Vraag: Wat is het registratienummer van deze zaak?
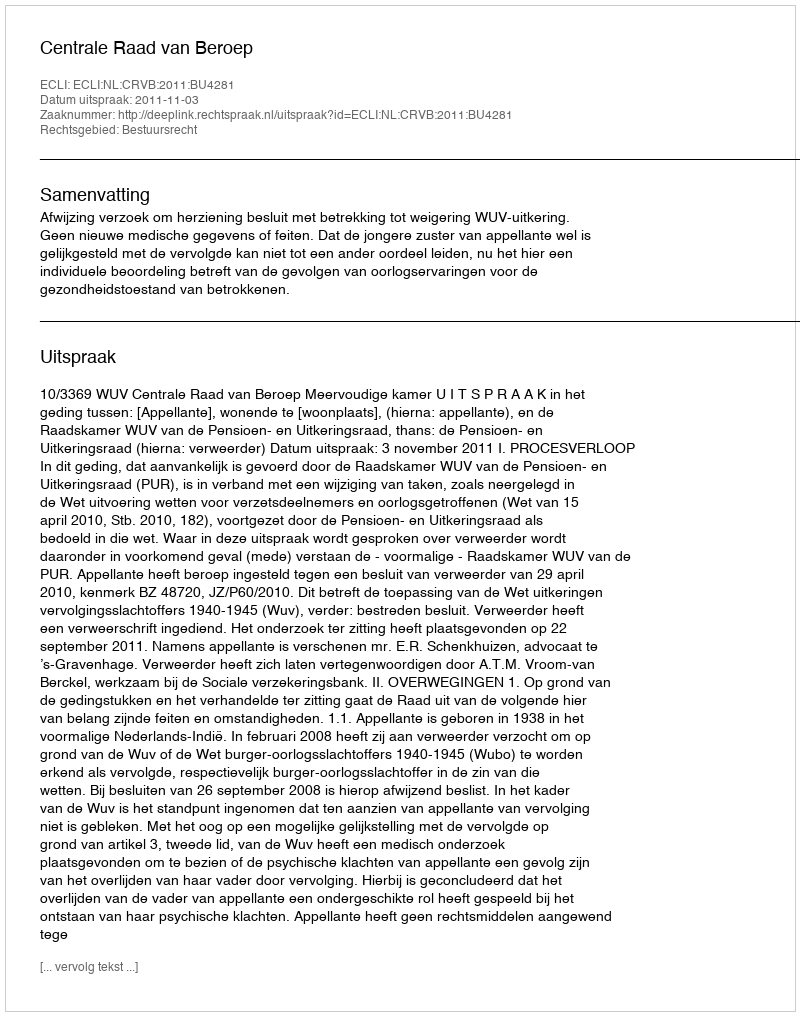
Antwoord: http://deeplink.rechtspraak.nl/uitspraak?id=ECLI:NL:CRVB:2011:BU4281